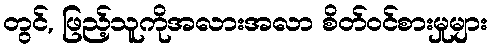
တွင်, ဖြည့်သူကိုအလားအလာ စိတ်ဝင်စားမှုများ